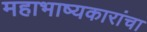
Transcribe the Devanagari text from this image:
महाभाष्यकारांचा